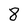
Character: 8